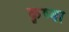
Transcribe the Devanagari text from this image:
कृष्‍ण्‍ा